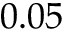
0 . 0 5